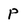
Character: P